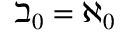
\beth _ { 0 } = \aleph _ { 0 }